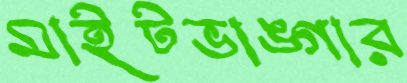
মাইটভাঙ্গার